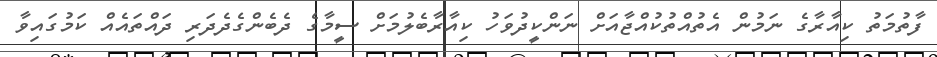
ފާތުމަތު ކިއާރާގެ ނަމުން އެތުއްތުކުއްޖާއަށް ނަންކީދުވަހު ކިއާރާބެލުމަށް ސީމާގެ ދެބެންގެދެދަރި ދައްތައެއް ކަމުގައިވާ